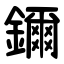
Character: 鑈